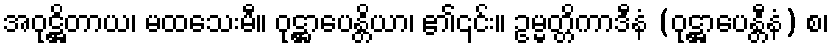
အဝုဋ္ဌိတာယ၊ မထသေးမီ။ ဝုဋ္ဌာပေန္တိယာ၊ ၏၎င်း။ ဥမ္မတ္တိကာဒီနံ (ဝုဋ္ဌာပေန္တီနံ) စ၊